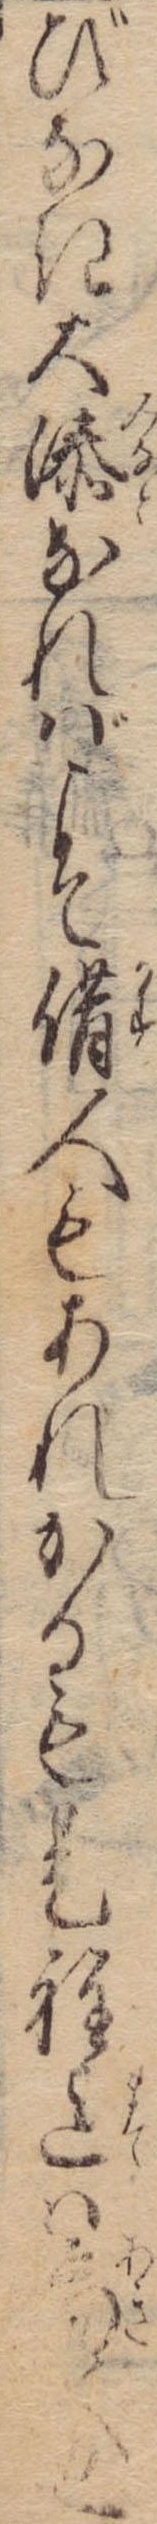
びなき大溙なればこそ借人もあれかるも是程迄は商人也